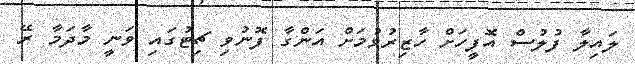
ލައިލާ ފުލުސް އޮފީހަށް ހާޒިރުވުމަށް އަންގާ ފޮނުވި ޗިޓުގައި ވަނީ މާދަމާ ރޭ